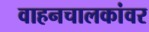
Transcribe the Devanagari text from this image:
वाहनचालकांवर